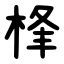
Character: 桻